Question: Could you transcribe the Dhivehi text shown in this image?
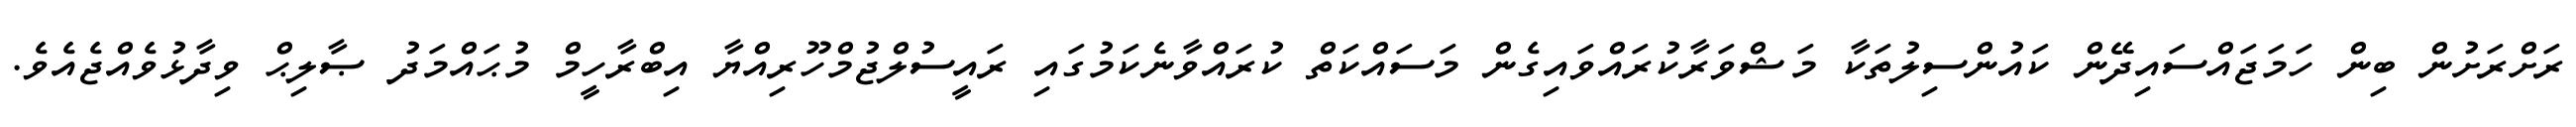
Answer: ރަށްރަށުން ބިން ހަމަޖައްސައިދޭން ކައުންސިލުތަކާ މަޝްވަރާކުރައްވައިގެން މަސައްކަތް ކުރައްވާނެކަމުގައި ރައީސުލްޖުމްހޫރިއްޔާ އިބްރާހީމް މުޙައްމަދު ޞާލިޙް ވިދާޅުވެއްޖެއެވެ.